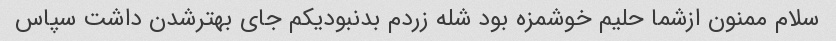
سلام ممنون ازشما حلیم خوشمزه بود شله زردم بدنبودیکم جای بهترشدن داشت سپاس